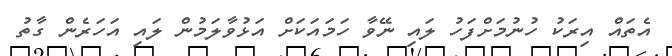
އެތައް އިރަކު ހުނުމަށްފަހު ލައި ނޭވާ ހަމައަކަށް އަޅުވާލަމުން ލައި އަހަރެން ގާތު